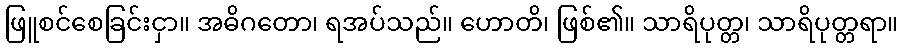
ဖြူစင်စေခြင်းငှာ။ အဓိဂတော၊ ရအပ်သည်။ ဟောတိ၊ ဖြစ်၏။ သာရိပုတ္တ၊ သာရိပုတ္တရာ။